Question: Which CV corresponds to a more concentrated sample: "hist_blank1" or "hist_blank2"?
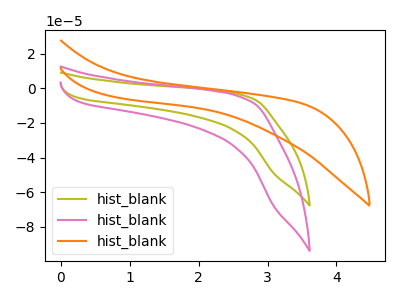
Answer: <think>The olive curve "hist_blank1" has no peaks. The pink curve "hist_blank2" has no peaks. The orange curve "hist_blank3" has no peaks.
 Neither "hist_blank1" or "hist_blank2" have any peaks.</think>
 <answer>I cant tell if "hist_blank1" or "hist_blank2" has higher concentration.</answer>
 <eval>mixed_concentration</eval>